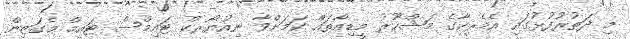
މި ދަތުރުފުޅުގައި އެމެރިކާގެ މަޝްހޫރު މީޑިއާތައް ކަމަށްވާ ނިއުޔޯރކް ޓައިމްސް ޓައިމް މެގަޒިން